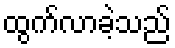
ထွက်လာခဲ့သည်